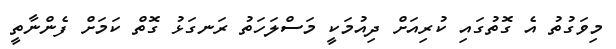
މިވަގުތު އެ ގޮތުގައި ކުރިއަށް ދިއުމަކީ މަސްލަހަތު ރަނގަޅު ގޮތް ކަމަށް ފެންނާތީ